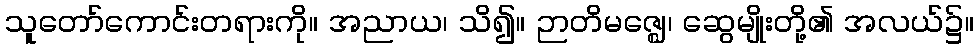
သူတော်ကောင်းတရားကို။ အညာယ၊ သိ၍။ ဉာတိမဇ္ဈေ၊ ဆွေမျိုးတို့၏ အလယ်၌။